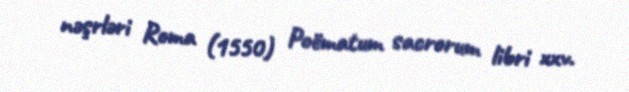
nəşrləri Roma (1550) Poëmatum sacrorum libri xxv.